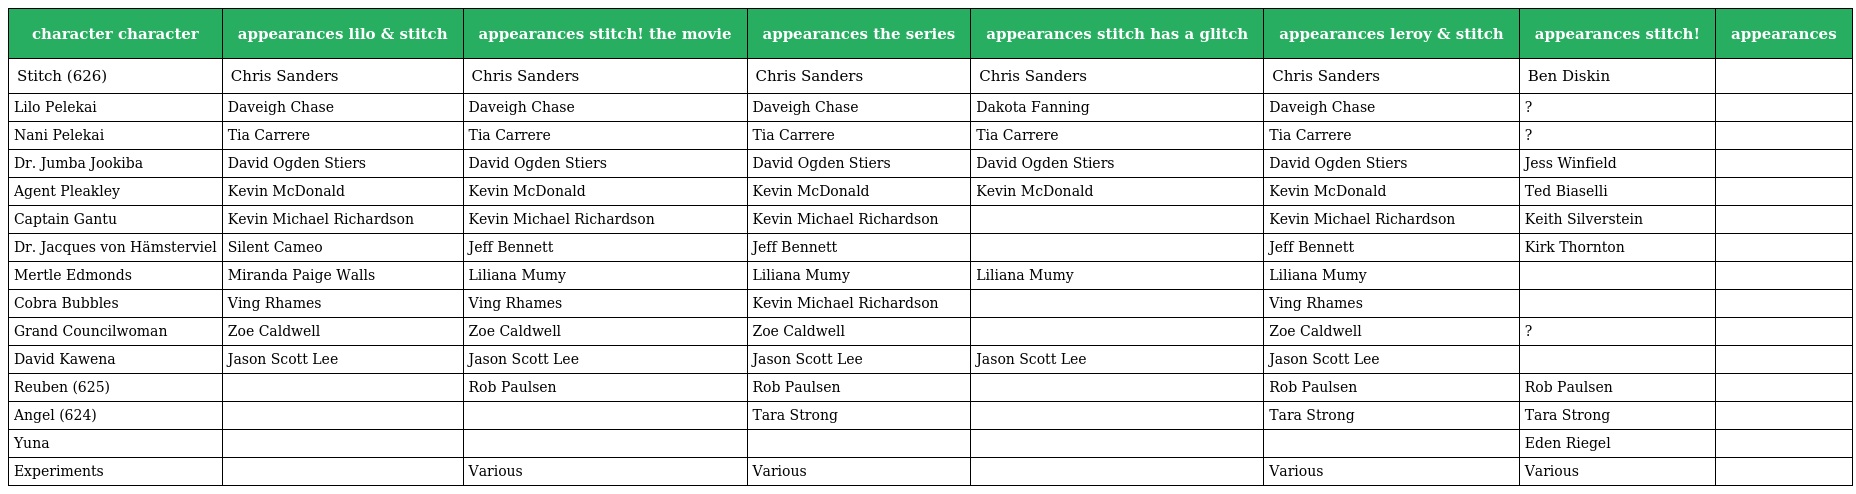
| character character | appearances lilo & stitch | appearances stitch! the movie | appearances the series | appearances stitch has a glitch | appearances leroy & stitch | appearances stitch! | appearances |
 | --- | --- | --- | --- | --- | --- | --- | --- |
 | Stitch (626) | Chris Sanders | Chris Sanders | Chris Sanders | Chris Sanders | Chris Sanders | Ben Diskin |  |
 | Lilo Pelekai | Daveigh Chase | Daveigh Chase | Daveigh Chase | Dakota Fanning | Daveigh Chase | ? |  |
 | Nani Pelekai | Tia Carrere | Tia Carrere | Tia Carrere | Tia Carrere | Tia Carrere | ? |  |
 | Dr. Jumba Jookiba | David Ogden Stiers | David Ogden Stiers | David Ogden Stiers | David Ogden Stiers | David Ogden Stiers | Jess Winfield |  |
 | Agent Pleakley | Kevin McDonald | Kevin McDonald | Kevin McDonald | Kevin McDonald | Kevin McDonald | Ted Biaselli |  |
 | Captain Gantu | Kevin Michael Richardson | Kevin Michael Richardson | Kevin Michael Richardson |  | Kevin Michael Richardson | Keith Silverstein |  |
 | Dr. Jacques von Hämsterviel | Silent Cameo | Jeff Bennett | Jeff Bennett |  | Jeff Bennett | Kirk Thornton |  |
 | Mertle Edmonds | Miranda Paige Walls | Liliana Mumy | Liliana Mumy | Liliana Mumy | Liliana Mumy |  |  |
 | Cobra Bubbles | Ving Rhames | Ving Rhames | Kevin Michael Richardson |  | Ving Rhames |  |  |
 | Grand Councilwoman | Zoe Caldwell | Zoe Caldwell | Zoe Caldwell |  | Zoe Caldwell | ? |  |
 | David Kawena | Jason Scott Lee | Jason Scott Lee | Jason Scott Lee | Jason Scott Lee | Jason Scott Lee |  |  |
 | Reuben (625) |  | Rob Paulsen | Rob Paulsen |  | Rob Paulsen | Rob Paulsen |  |
 | Angel (624) |  |  | Tara Strong |  | Tara Strong | Tara Strong |  |
 | Yuna |  |  |  |  |  | Eden Riegel |  |
 | Experiments |  | Various | Various |  | Various | Various |  |